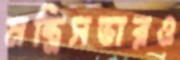
মন্ত্রিসভারও